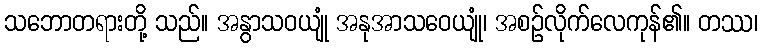
သဘောတရားတို့ သည်။ အနွာသဝယျုံ အနုအာသဝေယျုံ၊ အစဉ်လိုက်လေကုန်၏။ တဿ၊